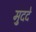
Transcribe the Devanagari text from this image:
मु्ददे